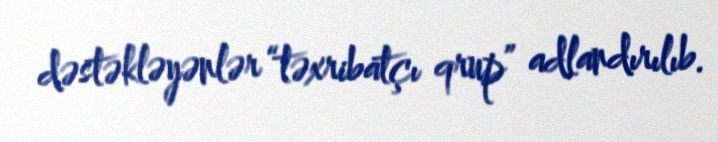
dəstəkləyənlər “təxribatçı qrup” adlandırılıb.